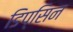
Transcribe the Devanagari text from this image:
डिप्सिन